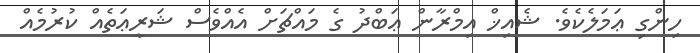
ހިންގި ޢަމަލެކެވެ. ޝެއިޚް އިމްރާން ޢަބްދު ގެ މައްޗަށް އެއްވެސް ޝަރީޢަތެއް ކުރުމެއް